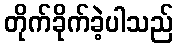
တိုက်ခိုက်ခဲ့ပါသည်